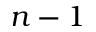
n - 1